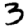
Digit: 3